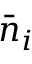
{ \bar { n } } _ { i }